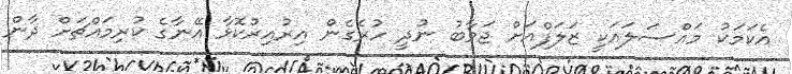
އެކަމަކު މައްސަލައަކީ ޒަލަފްއަށް ޖަވާބު ނުދީ ހުރެގެން އިރުއިރުކޮޅާ އޭނާގެ ކުރިމައްޗަށް ދާން